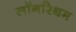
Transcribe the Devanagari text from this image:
लॉगरिथम